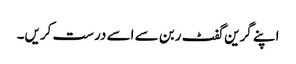
اپنے گرین گفٹ ربن سے اسے درست کریں۔